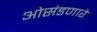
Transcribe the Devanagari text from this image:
ओसंडणारे